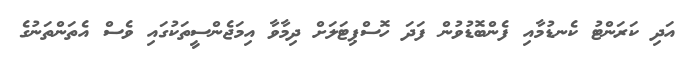
އަދި ކަރަންޓު ކެނޑުމާއި ފެންބޮޑުވުން ފަދަ ހޮސްޕިޓަލަށް ދިމާވާ އިމަޖެންސީތަކުގައި ވެސް އެތަންތަނުގެ